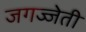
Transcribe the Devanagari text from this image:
जगज्जेती